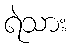
ရဲသား